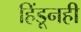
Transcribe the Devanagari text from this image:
हिंडूनही